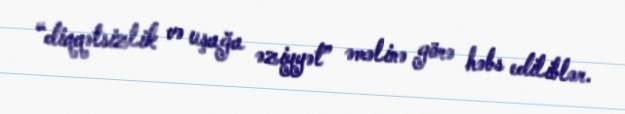
“diqqətsizlik və uşağa əziyyət” əməlinə görə həbs ediliblər.